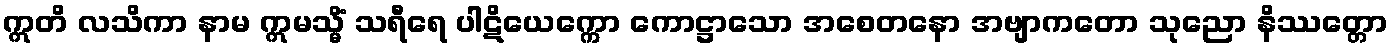
ဣတိ လသိကာ နာမ ဣမသ္မိံ သရီရေ ပါဋိယေက္ကော ကောဋ္ဌာသော အစေတနော အဗျာကတော သုညော နိဿတ္တော